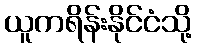
ယူကရိန်းနိုင်ငံသို့